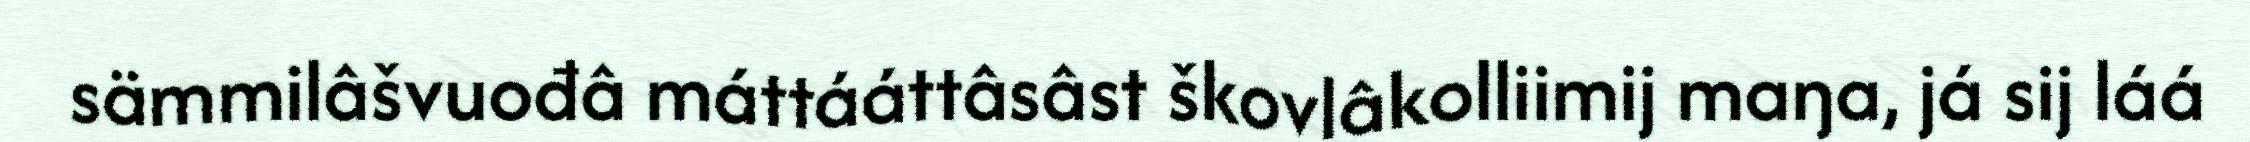
sämmilâšvuođâ máttááttâsâst škovlâkolliimij maŋa, já sij láá